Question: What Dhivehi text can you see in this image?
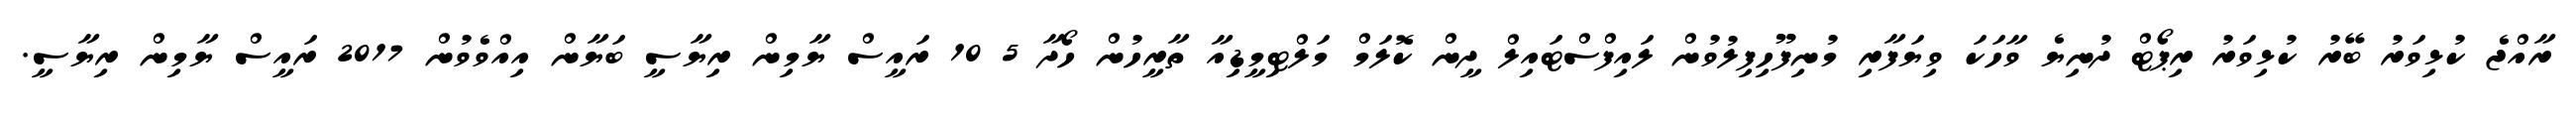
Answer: ރާއްޖެ ކުޅިވަރު ބޭރު ކުޅިވަރު ރިޕޯޓް ދުނިޔެ ވާހަކަ ވިޔަފާރި މުނިފޫހިފިލުވުން ލައިފްސްޓައިލް ދީން ކޮލަމް މަލްޓިމީޑިއާ ތާރީހުން ހޯދާ 5 10 ރައީސް ޔާމިން ރިޔާސީ ބަޔާން އިއްވެވުން 2017 ރައީސް ޔާމިން ރިޔާސީ.